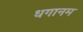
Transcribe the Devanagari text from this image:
धगानम